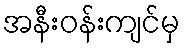
အနီးဝန်းကျင်မှ